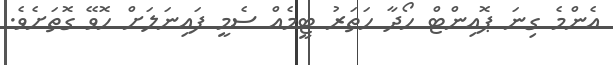
އެންމެ ގިނަ ޕޮއިންޓް ހޯދާ ހަތަރު ޓީމެއް ސެމީ ފައިނަލަށް ހޮވޭ ގޮތަށެވެ.